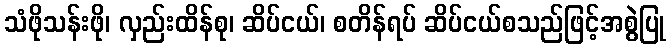
သံဖိုသန်းဖို၊ လှည်းထိန်စု၊ ဆိပ်ငယ်၊ စတိန်ရပ် ဆိပ်ငယ်စသည်ဖြင့်အစွဲပြု